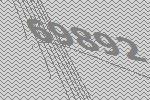
69892